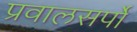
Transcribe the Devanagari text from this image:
प्रवालसर्पों